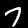
Label: 7